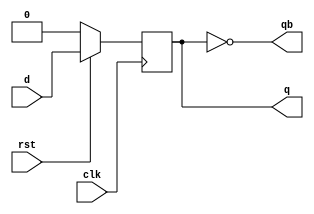
module d_flipflop(d,clk,rst,q,qb);

input d,clk,rst;
output reg q;
output qb;

always @(posedge clk)
begin

if(~rst) begin
	q<=1'b0;
end

else begin
q<=d;
end

end

assign qb=~q;

endmodule